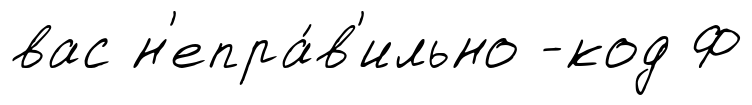
вас н'епра́в'ильно -код Ф